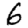
Digit: 6